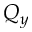
Q _ { y }